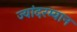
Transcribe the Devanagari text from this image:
ज्यांदरम्यान